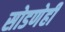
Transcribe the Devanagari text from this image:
सोडणेही